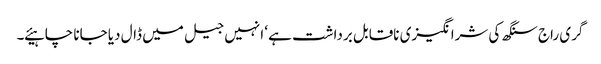
گری راج سنگھ کی شرانگیزی ناقابل برداشت ہے ‘ انہیں جیل میں ڈال دیا جانا چاہیئے ۔